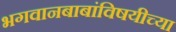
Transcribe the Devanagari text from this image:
भगवानबाबांविषयीच्या